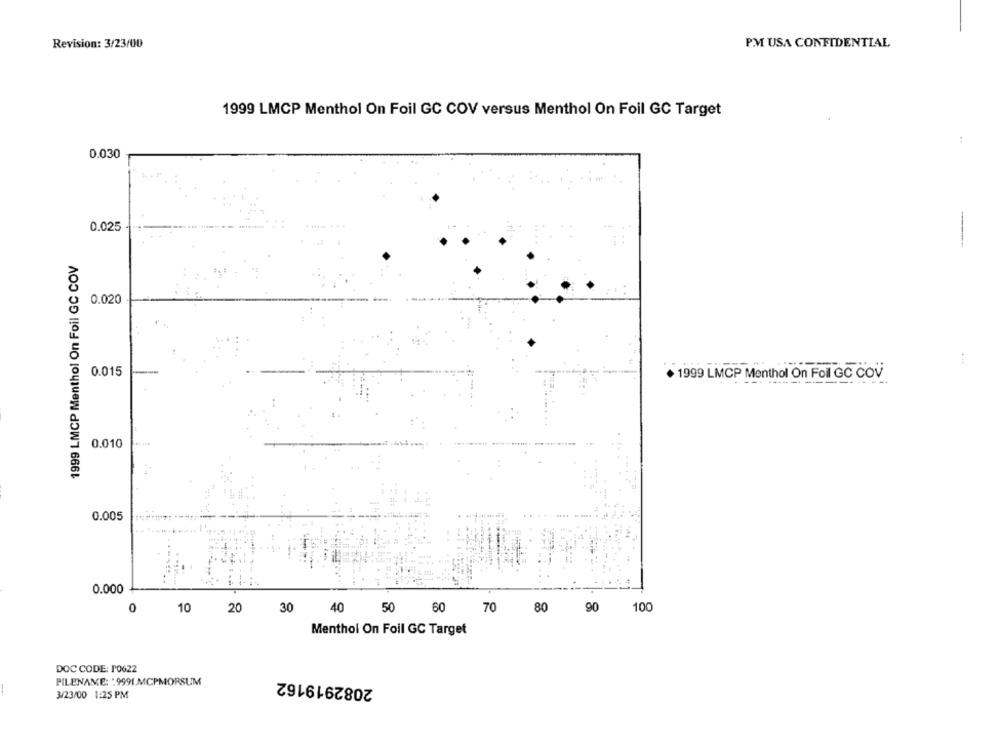
Revision: 3/23/00
P.M USA CONFIDENTIAL
1999 LMCP Menthol On Foil GC COV versus Menthol On Foil GC Target
:
0.030
0.025
--
1999 LMCP Menthol On Foil GC COV
80.020
0.015
. 1999 LMCP Menthol On Foil GC COV
0.010
0.005
0.000
0
20
30
40
50
60
70
90
100
10
80
Menthol On Foil GC Target
DOC CODE: PO622
2082919162
PILENAME: "9991 MCPMORSUM
3/23/00 1:25 PM